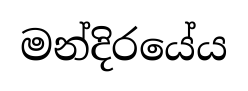
මන්දිරයේය